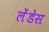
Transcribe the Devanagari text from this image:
लेंडेस